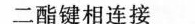
二酯键相连接